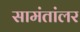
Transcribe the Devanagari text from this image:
सामंतांलर